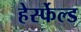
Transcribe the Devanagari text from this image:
हेर्स्फेल्ड